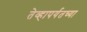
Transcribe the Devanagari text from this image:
तेव्हापर्यतच्या